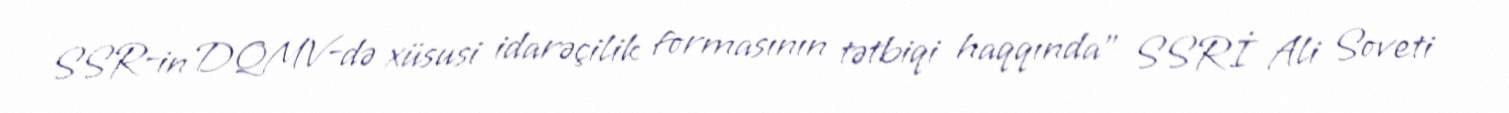
SSR-in DQMV-də xüsusi idarəçilik formasının tətbiqi haqqında" SSRİ Ali Soveti